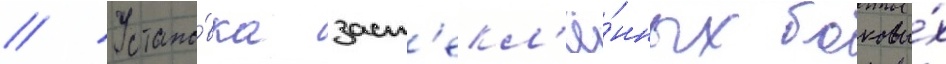
// Устано́вка заст'екл'ё́нных боковы́х